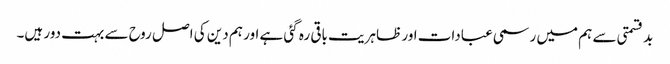
بد قسمتی سے ہم میں رسمی عبادات اور ظاہریت باقی رہ گئی ہے اور ہم دین کی اصل روح سے بہت دور ہیں۔